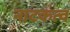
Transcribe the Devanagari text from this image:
नाटकत्व